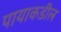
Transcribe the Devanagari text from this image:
पायाकडील